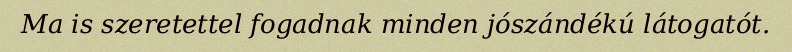
Ma is szeretettel fogadnak minden jószándékú látogatót.